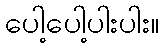
ပေါ့ပေါ့ပါးပါး။